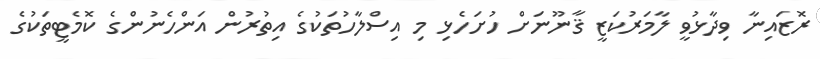
ރޮޒައިނާ ވިދާޅުވީ ލާމަރުކަޒީ ޤާނޫނަށް ހުށަހެޅި މި އިސްލާހުތަކުގެ އިތުރުން އަންހެނުންގެ ކޮމެޓީތަކުގެ